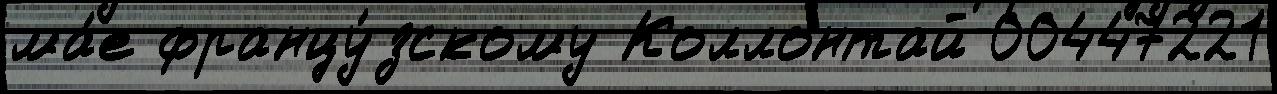
ма́е францу́зскому Коллонтай 00447221